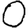
Digit: 0